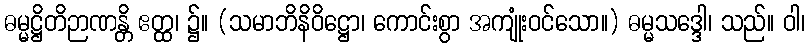
ဓမ္မဋ္ဌိတိဉာဏန္တိ ဧတ္ထ၊ ၌။ (သမာဘိနိဝိဋ္ဌော၊ ကောင်းစွာ အကျုံးဝင်သော။) ဓမ္မသဒ္ဒေါ၊ သည်။ ဝါ၊